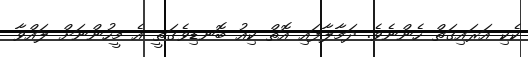
ކެކި އަރައިގަތް ހެންނެވެ. ދަމާލާފައި އޮތް ކިއު ބޮނޑިވެގަތީ އެ މީހުންނަށް ލައްވާ